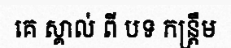
គេ ស្គាល់ ពី បទ កន្ត្រឹម